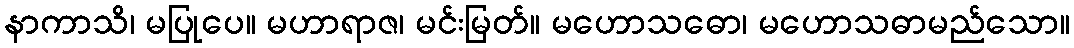
နာကာသိ၊ မပြုပေ။ မဟာရာဇ၊ မင်းမြတ်။ မဟောသဓော၊ မဟောသဓာမည်သော။